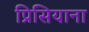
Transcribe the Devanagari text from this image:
प्रिसियाना